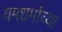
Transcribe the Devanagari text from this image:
यमध्रर्माच्या